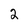
Character: 2